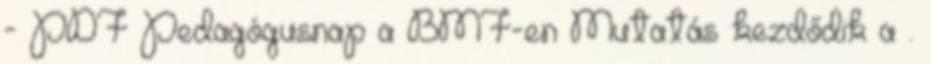
- PDF Pedagógusnap a BMF-en Mutatás kezdődik a .